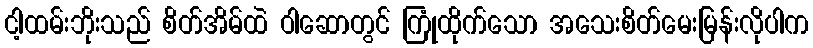
ငါ့ထမ်းဘိုးသည် စိတ်အိမ်ထဲ ဝါဆောတွင် ကြုံထိုက်သော အသေးစိတ်မေးမြန်းလိုပါက